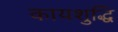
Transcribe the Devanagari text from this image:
कायशुद्धि